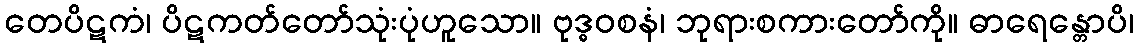
တေပိဋကံ၊ ပိဋကတ်တော်သုံးပုံဟူသော။ ဗုဒ္ဓဝစနံ၊ ဘုရားစကားတော်ကို။ ဓာရေန္တောပိ၊